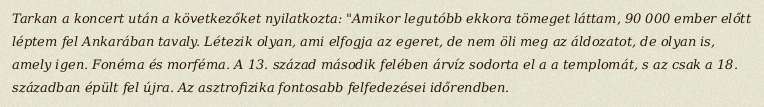
Tarkan a koncert után a következőket nyilatkozta: "Amikor legutóbb ekkora tömeget láttam, 90 000 ember előtt léptem fel Ankarában tavaly. Létezik olyan, ami elfogja az egeret, de nem öli meg az áldozatot, de olyan is, amely igen. Fonéma és morféma. A 13. század második felében árvíz sodorta el a a templomát, s az csak a 18. században épült fel újra. Az asztrofizika fontosabb felfedezései időrendben.